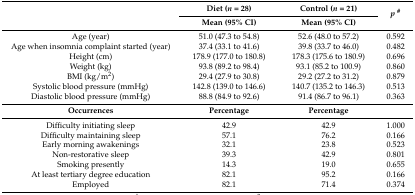
<table><thead><tr><td rowspan="2"></td><td><b>Diet (<i>n</i> = 28)</b></td><td><b>Control (<i>n</i> = 21)</b></td><td rowspan="2"><b><i>p</i><sup>#</sup></b></td></tr><tr><td><b>Mean (95% CI)</b></td><td><b>Mean (95% CI)</b></td></tr></thead><tbody><tr><td>Age (year)</td><td>51.0 (47.3 to 54.8)</td><td>52.6 (48.0 to 57.2)</td><td>0.592</td></tr><tr><td>Age when insomnia complaint started (year)</td><td>37.4 (33.1 to 41.6)</td><td>39.8 (33.7 to 46.0)</td><td>0.482</td></tr><tr><td>Height (cm)</td><td>178.9 (177.0 to 180.8)</td><td>178.3 (175.6 to 180.9)</td><td>0.696</td></tr><tr><td>Weight (kg)</td><td>93.8 (89.2 to 98.4)</td><td>93.1 (85.2 to 100.9)</td><td>0.860</td></tr><tr><td>BMI (kg/m<sup>2</sup>)</td><td>29.4 (27.9 to 30.8)</td><td>29.2 (27.2 to 31.2)</td><td>0.879</td></tr><tr><td>Systolic blood pressure (mmHg)</td><td>142.8 (139.0 to 146.6)</td><td>140.7 (135.2 to 146.3)</td><td>0.513</td></tr><tr><td>Diastolic blood pressure (mmHg)</td><td>88.8 (84.9 to 92.6)</td><td>91.4 (86.7 to 96.1)</td><td>0.363</td></tr><tr><td><b>Occurrences</b></td><td><b>Percentage</b></td><td><b>Percentage</b></td><td></td></tr><tr><td>Difficulty initiating sleep</td><td>42.9</td><td>42.9</td><td>1.000</td></tr><tr><td>Difficulty maintaining sleep</td><td>57.1</td><td>76.2</td><td>0.166</td></tr><tr><td>Early morning awakenings</td><td>32.1</td><td>23.8</td><td>0.523</td></tr><tr><td>Non-restorative sleep</td><td>39.3</td><td>42.9</td><td>0.801</td></tr><tr><td>Smoking presently</td><td>14.3</td><td>19.0</td><td>0.655</td></tr><tr><td>At least tertiary degree education</td><td>82.1</td><td>95.2</td><td>0.166</td></tr><tr><td>Employed</td><td>82.1</td><td>71.4</td><td>0.374</td></tr></tbody></table>